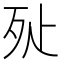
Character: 㱜